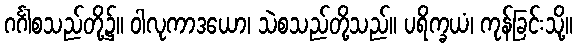
ဂင်္ဂါစသည်တို့၌။ ဝါလုကာဒယော၊ သဲစသည်တို့သည်။ ပရိက္ခယံ၊ ကုန်ခြင်းသို့။